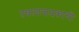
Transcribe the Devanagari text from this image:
तबलावादकाची